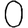
Digit: 0